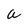
Character: a